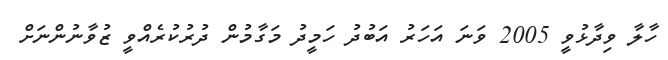
ހާލާ ވިދާޅުވީ 2005 ވަނަ އަހަރު އަބުދު ހަމީދު މަގާމުން ދުރުކުރެއްވީ ޒުވާނުންނަށް